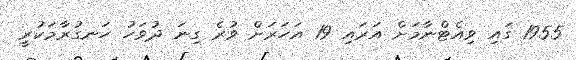
1955 ގައި ވިއެޓްނާމަށް އަރައި 19 އަހަރަށް ވުރެ ގިނަ ދުވަހު ހަނގުރާމަކުރީ